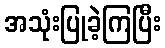
အသုံးပြုခဲ့ကြပြီး